Vaccination United Provinces of Agra and Oudh 1914-1922 - 1914-1922
Year: 1914
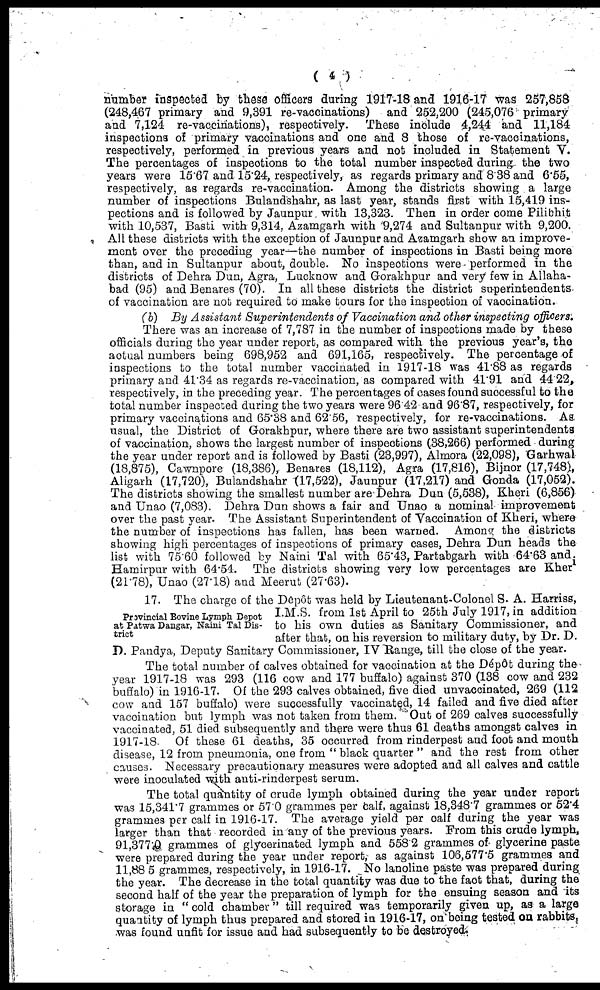
( 4 )
number inspected by these officers during 1917-18 and 1916-17 was 257,858
(248,467 primary and 9,391 re-vaccinations) and 252,200 (245,076 primary
and 7,124 re-vaccinations), respectively. These include 4,244 and 11,184
inspections of primary vaccinations and one and 8 those of re-vaccinations,
respectively, performed in previous years and not included in Statement V.
The percentages of inspections to the total number inspected during the two
years were 15.67 and 15.24, respectively, as regards primary and 8 38 and 6.55,
respectively, as regards re-vaccination. Among the districts showing a large
number of inspections Bulandshahr, as last year, stands first with 15,419 ins-
pections and is followed by Jaunpur with 13,323. Then in order come Pilibhit
with 10,537, Basti with 9,314, Azamgarh with 9,274 and Sultanpur with 9,200.
All these districts with the exception of Jaunpur and Azamgarh show an improve-
ment over the preceding year—the number of inspections in Basti being more
than, and in Sultanpur about, double. No inspections were performed in the
districts of Dehra Dun, Agra, Lucknow and Gorakhpur and very few in Allaha-
bad (95) and Benares (70). In all these districts the district superintendents
of vaccination are not required to make tours for the inspection of vaccination.
(b) By Assistant Superintendents of Vaccination and other inspecting officers.
There was an increase of 7,787 in the number of inspections made by these
officials during the year under report, as compared with the previous year's, the
actual numbers being 698,952 and 691,165, respectively. The percentage of
inspections to the total number vaccinated in 1917-18 was 41.88 as regards
primary and 41.34 as regards re-vaccination, as compared with 41.91 and 44 22,
respectively, in the preceding year. The percentages of cases found successful to the
total number inspected during the two years were 96 42 and 96.87, respectively, for
primary vaccinations and 65.38 and 62.56, respectively, for re-vaccinations. As
usual, the District of Gorakhpur, where there are two assistant superintendents
of vaccination, shows the largest number of inspections (38,266) performed during
the year under report and is followed by Basti (23,997), Almora (22,098), Garhwal
(18,875), Cawnpore (18,386), Benares (18,112), Agra (17,816), Bijnor (17,748),
Aligarh (17,720), Bulandshahr (17,522), Jaunpur (17,217) and Gonda (17,052).
The districts showing the smallest number are Dehra Dun (5,538), Kheri (6,856)
and Unao (7,083). Dehra Dun shows a fair and Unao a nominal improvement
over the past year. The Assistant Superintendent of Vaccination of Kheri, where
the number of inspections has fallen, has been warned. Among the districts
showing high percentages of inspections of primary cases, Dehra Dun heads the
list with 75.60 followed by Naini Tal with 65.43, Partabgarh with 64.63 and
Hamirpur with 64.54. The districts showing very low percentages are Kheri
(21.78), Unao (27.18) and Meerut (27.63).
Provincial Bovine Lymph Depot
at Patwa Dangar, Naini Tal Dis-
trict
17. The charge of the Depôt was held by Lieutenant-Colonel S. A. Harriss,
I.M.S. from 1st April to 25th July 1917, in addition
to his own duties as Sanitary Commissioner, and
after that, on his reversion to military duty, by Dr. D.
D. Pandya, Deputy Sanitary Commissioner, IV Range, till the close of the year.
The total number of calves obtained for vaccination at the Dépôt during the
year 1917-18 was 293 (116 cow and 177 buffalo) against 370 (138 cow and 232
buffalo) in 1916-17. Of the 293 calves obtained, five died unvaccinated, 269 (112
cow and 157 buffalo) were successfully vaccinated, 14 failed and five died after
vaccination but lymph was not taken from them. Out of 269 calves successfully
vaccinated, 51 died subsequently and there were thus 61 deaths amongst calves in
1917-18. Of these 61 deaths, 35 occurred from rinderpest and foot and mouth
disease, 12 from pneumonia, one from " black quarter " and the rest from other
causes. Necessary precautionary measures were adopted and all calves and cattle
were inoculated with auti-rinderpest serum.
The total quantity of crude lymph obtained during the year under report
was 15,341.7 grammes or 57 0 grammes per calf, against 18,348.7 grammes or 52.4
grammes per calf in 1916-17. The average yield per calf during the year was
larger than that recorded in any of the previous years. From this crude lymph,
91,377.0 grammes of glycerinated lymph and 558.2 grammes of glycerine paste
were prepared during the year under report, as against 106,577.5 grammes and
11,88 5 grammes, respectively, in 1916-17. No lanoline paste was prepared during
the year. The decrease in the total quantity was due to the fact that, during the
second half of the year the preparation of lymph for the ensuing season and its
storage in " cold chamber " till required was temporarily given up, as a large
quantity of lymph thus prepared and stored in 1916-17, on being tested on rabbits,
was found unfit for issue and had subsequently to be destroyed.